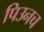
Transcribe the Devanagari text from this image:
पिउनच